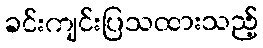
ခင်းကျင်းပြသထားသည့်